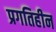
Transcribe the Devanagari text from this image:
प्रगतिहीन